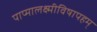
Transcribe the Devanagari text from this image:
पाप्मालक्ष्मीविषापहम्